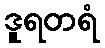
ဒူရတရံ